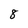
Character: 8